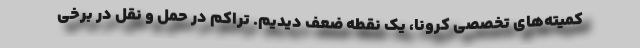
کمیته‌های تخصصی کرونا، یک نقطه ضعف دیدیم. تراکم در حمل و نقل در برخی